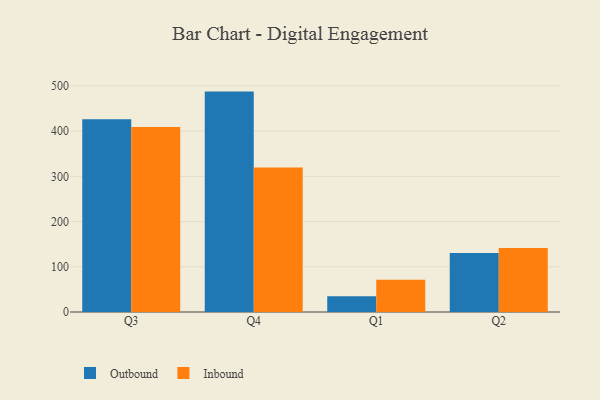
{"axis": {"x": "Quarter", "y": "Backlog"}, "legend": ["Inbound", "Outbound"], "data": [{"x": "Q3", "y": 426.5, "type": "Outbound"}, {"x": "Q3", "y": 408.9, "type": "Inbound"}, {"x": "Q4", "y": 487.4, "type": "Outbound"}, {"x": "Q4", "y": 319.8, "type": "Inbound"}, {"x": "Q1", "y": 35.0, "type": "Outbound"}, {"x": "Q1", "y": 71.2, "type": "Inbound"}, {"x": "Q2", "y": 130.6, "type": "Outbound"}, {"x": "Q2", "y": 141.5, "type": "Inbound"}]}